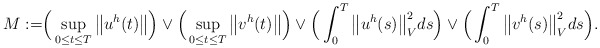
\begin{align*}M:=&\Big(\sup_{0\leq t\leq T}\big\|u^h(t)\big\|\Big)\vee \Big(\sup_{0\leq t\leq T}\big\|v^h(t)\big\| \Big)\vee \Big(\int_{0}^{T}\big\|u^h(s)\big\|_V^2ds \Big)\vee \Big(\int_{0}^{T}\big\|v^h(s)\big\|_V^2ds \Big).\end{align*}